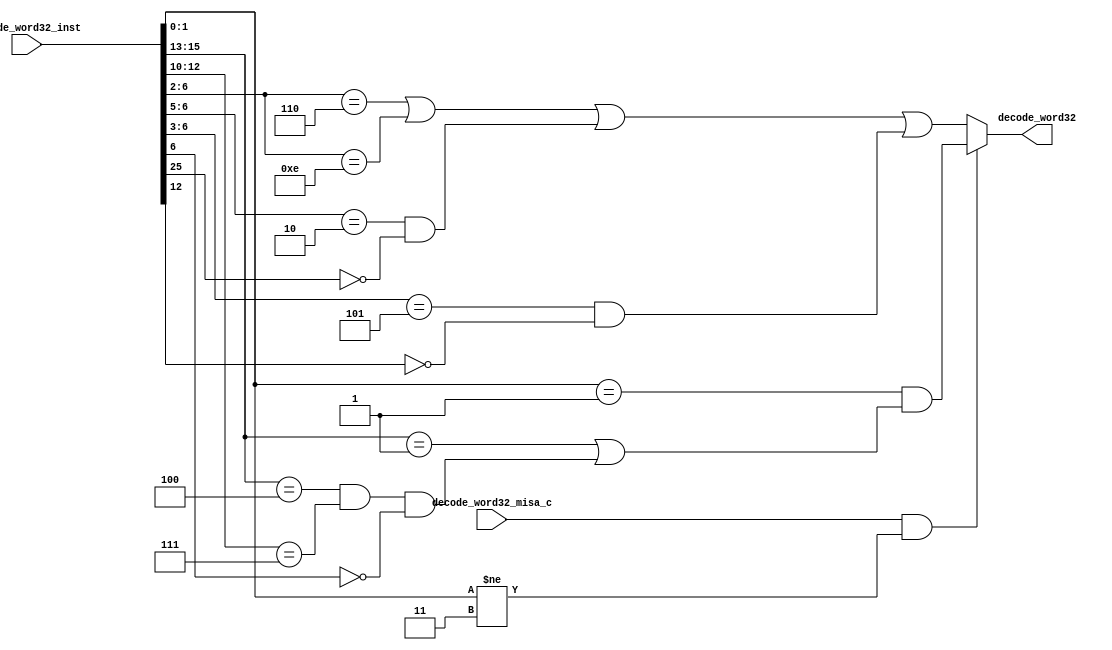
//
// Generated by Bluespec Compiler, version 2021.07-1-gaf77efcd (build af77efcd)
//
// On Tue Dec  7 15:48:14 IST 2021
//
//
// Ports:
// Name                         I/O  size props
// decode_word32                  O     1
// decode_word32_inst             I    32
// decode_word32_misa_c           I     1
//
// Combinational paths from inputs to outputs:
//   (decode_word32_inst, decode_word32_misa_c) -> decode_word32
//
//

`ifdef BSV_ASSIGNMENT_DELAY
`else
  `define BSV_ASSIGNMENT_DELAY
`endif

`ifdef BSV_POSITIVE_RESET
  `define BSV_RESET_VALUE 1'b1
  `define BSV_RESET_EDGE posedge
`else
  `define BSV_RESET_VALUE 1'b0
  `define BSV_RESET_EDGE negedge
`endif

module module_decode_word32(decode_word32_inst,
			    decode_word32_misa_c,
			    decode_word32);
  // value method decode_word32
  input  [31 : 0] decode_word32_inst;
  input  decode_word32_misa_c;
  output decode_word32;

  // signals for module outputs
  wire decode_word32;

  // value method decode_word32
  assign decode_word32 =
	     (decode_word32_misa_c && decode_word32_inst[1:0] != 2'b11) ?
	       decode_word32_inst[1:0] == 2'd1 &&
	       (decode_word32_inst[15:13] == 3'b001 ||
		decode_word32_inst[15:13] == 3'b100 &&
		decode_word32_inst[12:10] == 3'b111 &&
		!decode_word32_inst[6]) :
	       decode_word32_inst[6:2] == 5'b00110 ||
	       decode_word32_inst[6:2] == 5'b01110 ||
	       decode_word32_inst[6:5] == 2'b10 && !decode_word32_inst[25] ||
	       decode_word32_inst[6:3] == 4'b0101 && !decode_word32_inst[12] ;
endmodule  // module_decode_word32